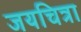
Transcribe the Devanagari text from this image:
जयचित्रा